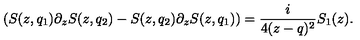
( S ( z , q _ { 1 } ) \partial _ { z } S ( z , q _ { 2 } ) - S ( z , q _ { 2 } ) \partial _ { z } S ( z , q _ { 1 } ) ) = { \frac { i } { 4 ( z - q ) ^ { 2 } } } S _ { 1 } ( z ) .